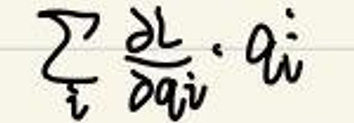
\(\sum _ { i } \frac { \partial L } { \partial \dot { q } _ { i } } \cdot \dot { q } _ { i }\)